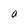
Character: a